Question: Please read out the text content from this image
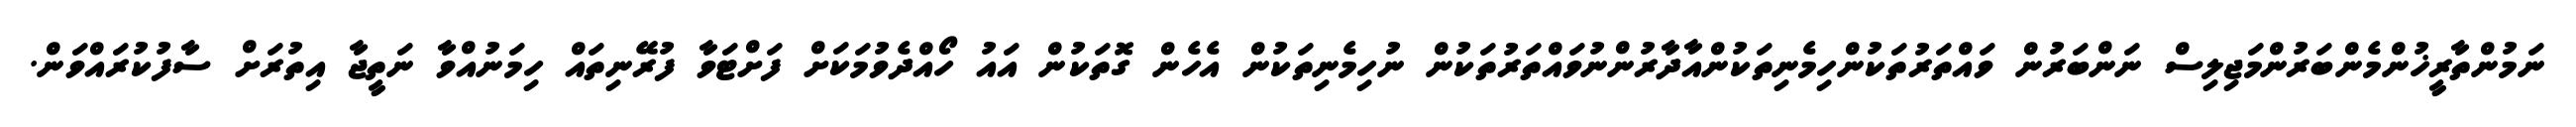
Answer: ނަމުންތާރީޚުންމެންބަރުންމަޖިލިސް ނަންބަރުން ވައްތަރުތަކުންހިމެނިތަކުންއާދާރުންނުވައްތަރުތަކުން ނުހިމެނިތަކުން އެހެން ގޮތަކުން އައު ހޯއްދެވުމަކަށް ފަށްޓަވާ ފުރޭނިތައް ހިމަނުއްވާ ނަތީޖާ އިތުރަށް ސާފުކުރައްވަން.